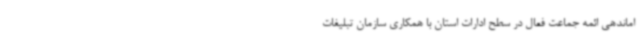
اماندهی ائمه جماعت فعال در سطح ادارات استان با همکاری سازمان تبلیغات